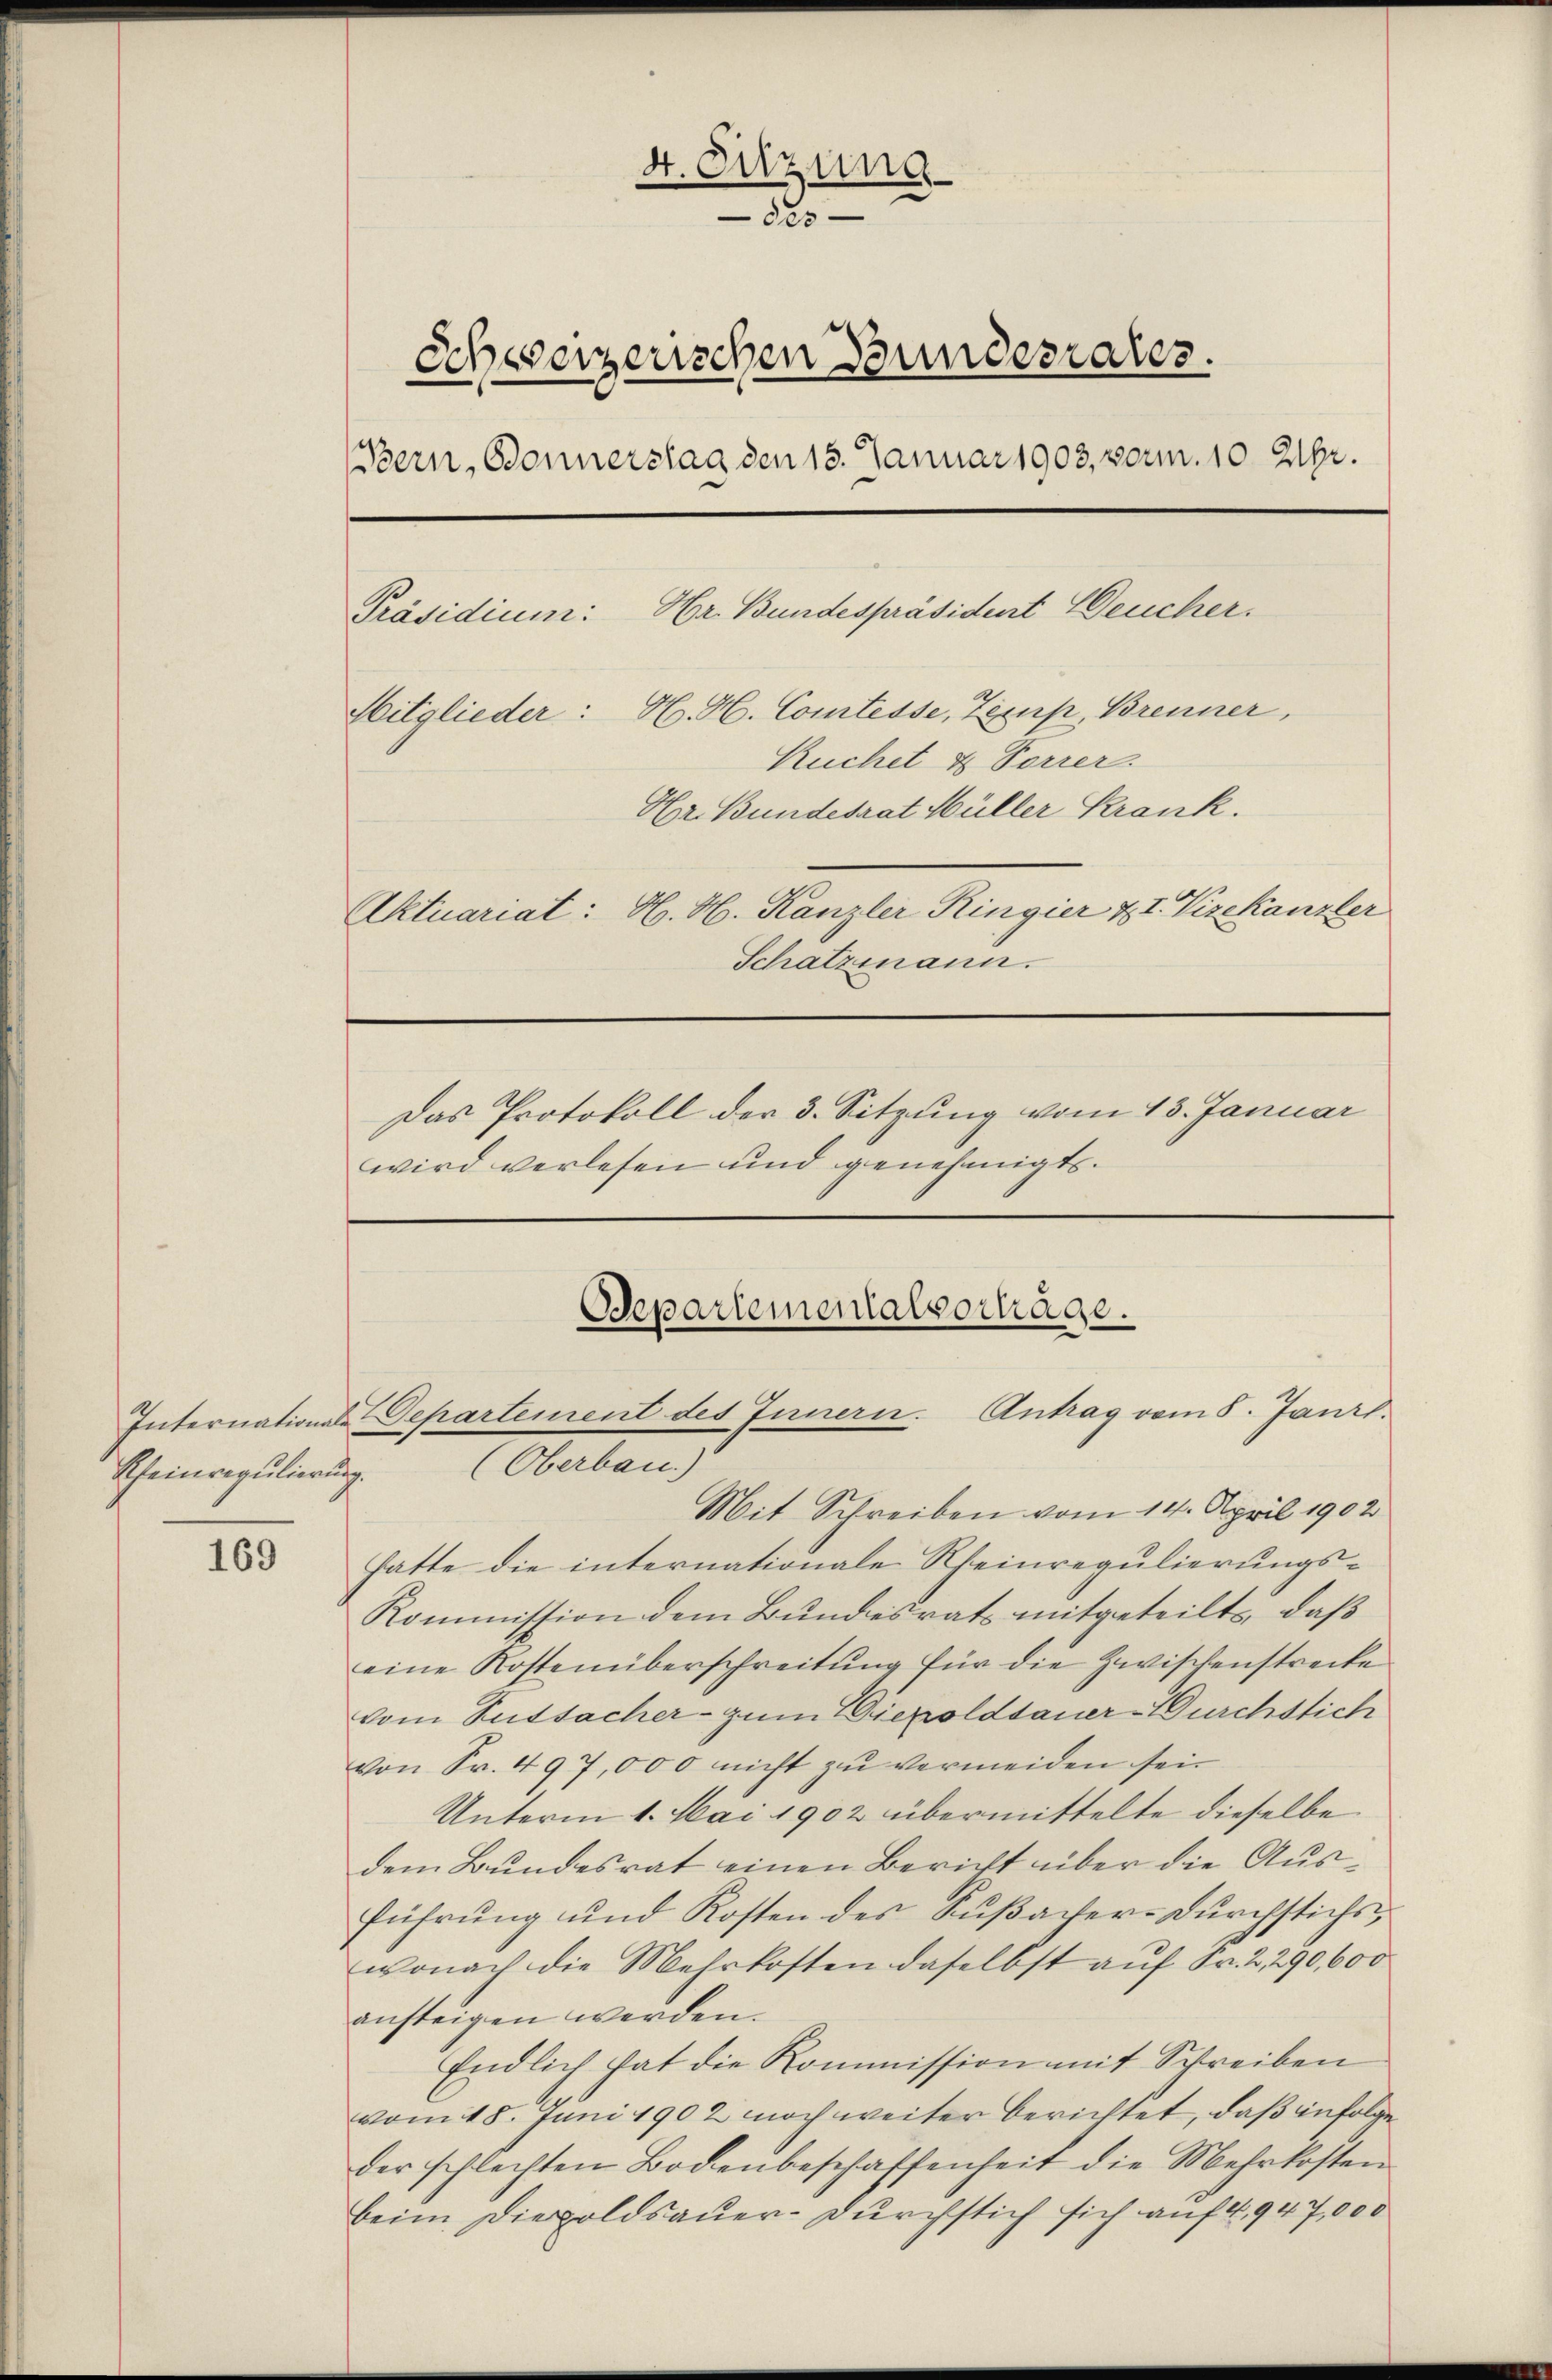
Rheinregulierung.

169

4. Setzung
des
Ich verzerischen Bundesrates.
Bern, Bonnerstag den 13. Januar 1903, vorm. 10 Uhr.
Präsidium: Hr. Bundespräsident Deucher.
Mitglieder: H. H. Comtesse, Zemp, Brenner,
Kuchet & Forrer.
Hr. Bundesrat Müller Krank.
Aktuariat: H. H. Kanzler Ringier & I Vizekanzler
Schatzmann.
Das Protokoll der 3. Sitzung vom 13. Januar
wird verlesen und genehmigt.

Departementalsertage.
Internations Departement des Innern. Antrag vom 8. Janr.

Mit Schreiben vom 14. April 1902
hatte die internationale Rheinregulierungs¬
Kommission dem Bundesrats mitgeteilt, daß
eine Kostenüberschreitung für die Zwischenstrecke
vom Tatsacher - zum Diezoldsauer-urchstich
von Sr. 497,000 nicht zu vermeiden sei.
Unterm 1. Mai 1902 übermittelte dieselbe
dem Bundesrat einen Bericht über die Ausführŭng und Kosten des Kŭβacher-Dŭrchstichs,
wonach die Mehrkosten daselbst auf Fr. 2, 290, 600
ansteigen werden.
Endlich hat die Kommission mit Schreiben
vom 18. Juni 1902 noch weiter berichtet, daß infolge
der schlechten Bodenbeschaffenheit die Mehrkosten
beim Diepoldsauer-Durchstich sich auf 4. 947,000

(Oberbau.)